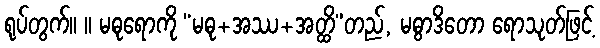
ရုပ်တွက်။ ။ မဓုရောကို “မဓု+အဿ+အတ္ထိ”တည်, မဓွာဒိတော ရောသုတ်ဖြင့်